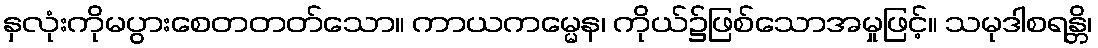
နှလုံးကိုမပွားစေတတတ်သော။ ကာယကမ္မေန၊ ကိုယ်၌ဖြစ်သောအမှုဖြင့်။ သမုဒါစရန္တိ၊